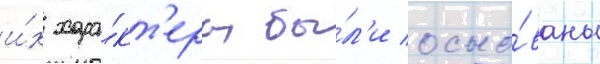
и́х хара́кт'еры бы́л'и осно́ваны